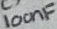
Text: 100nF